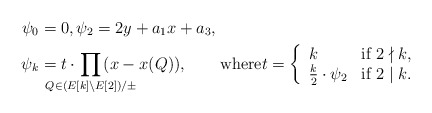
\begin{align*}\psi_0 &= 0,\psi_2 = 2y+a_1x+a_3,\\\psi_{k} &= t \cdot \!\!\!\!\!\!\!\!\!\!\!\! \prod_{Q\in (E[k]\setminus E[2])/\pm}\!\!\!\!\!\!\!\!\!\!\!\! (x-x(Q)),\qquad\mbox{where}t = \left\{\begin{array}{ll} k & \mbox{if $2\nmid k$,}\\ \frac{k}{2}\cdot \psi_2 &\mbox{if $2\mid k$.}\end{array}\right.\end{align*}